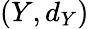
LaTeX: (Y,d_{Y})